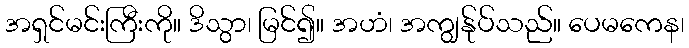
အရှင်မင်းကြီးကို။ ဒိသွာ၊ မြင်၍။ အဟံ၊ အကျွန်ုပ်သည်။ ပေမကေန၊